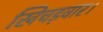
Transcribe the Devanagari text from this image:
खिचड़वार।